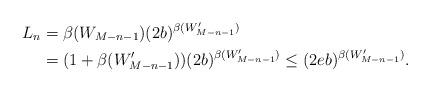
LaTeX: \begin{align*}L_n &= \beta(W_{M-n-1}) (2 b)^{\beta(W'_{M-n-1})} \\&= (1+\beta(W'_{M-n-1}))(2 b)^{\beta(W'_{M-n-1})} \le (2eb)^{\beta(W'_{M-n-1})}.\end{align*}